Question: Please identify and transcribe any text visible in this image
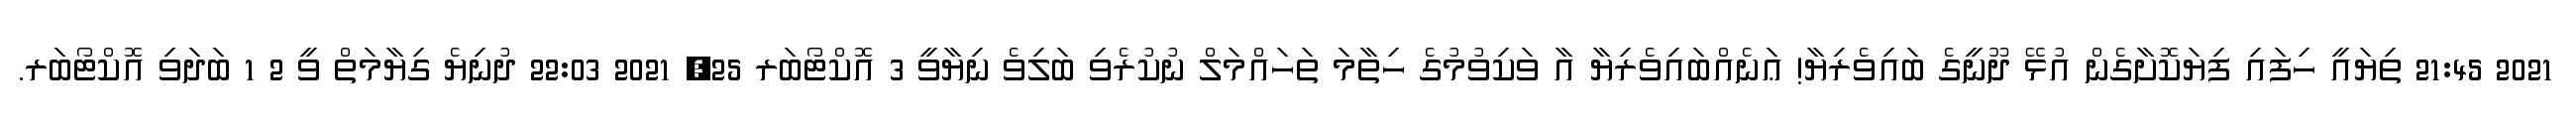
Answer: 2021 21:45 ތިޔައީ ހިފައި ފިޔަކޮށާގެން އުޅޭ ދޫނީގެ ބައިވެރިޔާ! ޢަނެއްބައިވެރިޔާ އާ ވަކިވުމުގެ ހިތާމަ ތަހައްމަލް ނުކުރެވި ބަލިވެ ނިޔާވީ 3 އޮކްޓޯބަރ 25, 2021 22:03 ދުނިޔެ ގިޔާމަތް ވީ 2 1 ބަދަވި އޮކްޓޯބަރ.